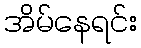
အိမ်နေရင်း